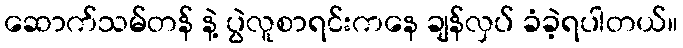
ဆောက်သမ်တန် နဲ့ ပွဲလူစာရင်းကနေ ချန်လှပ် ခံခဲ့ရပါတယ်။